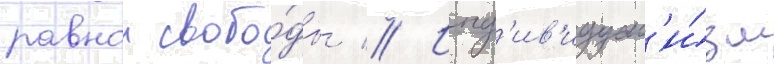
равнои свобо́ды // Инд'ив'идуал'и́зм